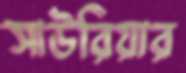
সাউরিয়ার